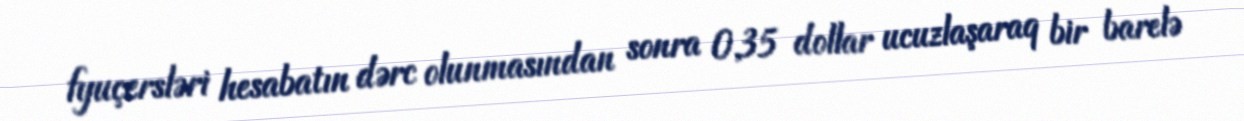
fyuçersləri hesabatın dərc olunmasından sonra 0,35 dollar ucuzlaşaraq bir barelə